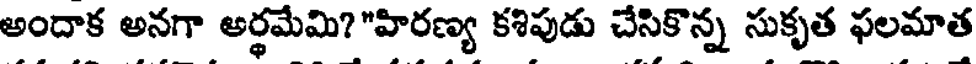
అందాక అనగా అర్థమేమి?"హిరణ్య కశిపుడు చేసికొన్న సుకృత ఫలమాత